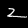
Digit: 2